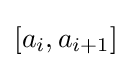
[a_{i},a_{i+1}]